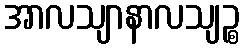
အာလသျာနာလသျဉ္စ